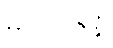
မဟာဇနံ